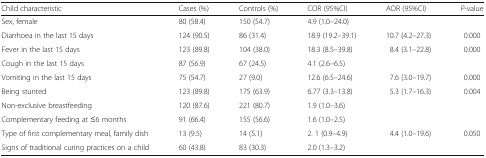
<table><thead><tr><td><b>Child characteristic</b></td><td><b>Cases (%)</b></td><td><b>Controls (%)</b></td><td><b>COR (95%CI)</b></td><td><b>AOR (95%CI)</b></td><td><b><i>P</i>-value</b></td></tr></thead><tbody><tr><td>Sex, female</td><td>80 (58.4)</td><td>150 (54.7)</td><td>4.9 (1.0–24.0)</td><td></td><td></td></tr><tr><td>Diarrhoea in the last 15 days</td><td>124 (90.5)</td><td>86 (31.4)</td><td>18.9 (19.2–39.1)</td><td>10.7 (4.2–27.3)</td><td>0.000</td></tr><tr><td>Fever in the last 15 days</td><td>123 (89.8)</td><td>104 (38.0)</td><td>18.3 (8.5–39.8)</td><td>8.4 (3.1–22.8)</td><td>0.000</td></tr><tr><td>Cough in the last 15 days</td><td>87 (56.9)</td><td>67 (24.5)</td><td>4.1 (2.6–6.5)</td><td></td><td></td></tr><tr><td>Vomiting in the last 15 days</td><td>75 (54.7)</td><td>27 (9.0)</td><td>12.6 (6.5–24.6)</td><td>7.6 (3.0–19.7)</td><td>0.000</td></tr><tr><td>Being stunted</td><td>123 (89.8)</td><td>175 (63.9)</td><td>6.77 (3.3–13.8)</td><td>5.3 (1.7–16.3)</td><td>0.004</td></tr><tr><td>Non-exclusive breastfeeding</td><td>120 (87.6)</td><td>221 (80.7)</td><td>1.9 (1.0–3.6)</td><td></td><td></td></tr><tr><td>Complementary feeding at ≤6 months</td><td>91 (66.4)</td><td>155 (56.6)</td><td>1.6 (1.0–2.5)</td><td></td><td></td></tr><tr><td>Type of first complementary meal, family dish</td><td>13 (9.5)</td><td>14 (5.1)</td><td>2. 1 (0.9–4.9)</td><td>4.4 (1.0–19.6)</td><td>0.050</td></tr><tr><td>Signs of traditional curing practices on a child</td><td>60 (43.8)</td><td>83 (30.3)</td><td>2.0 (1.3–3.2)</td><td></td><td></td></tr></tbody></table>